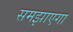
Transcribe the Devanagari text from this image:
समझाएगा